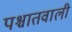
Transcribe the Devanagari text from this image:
पश्चातवाली